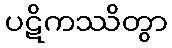
ပဋိကဿိတွာ